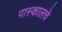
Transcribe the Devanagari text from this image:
पास्कालचे